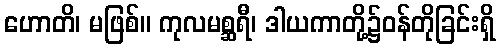
ဟောတိ၊ မဖြစ်။ ကုလမစ္ဆရီ၊ ဒါယကာတို့၌ဝန်တိုခြင်းရှိ